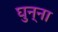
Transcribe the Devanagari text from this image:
घुन्ना